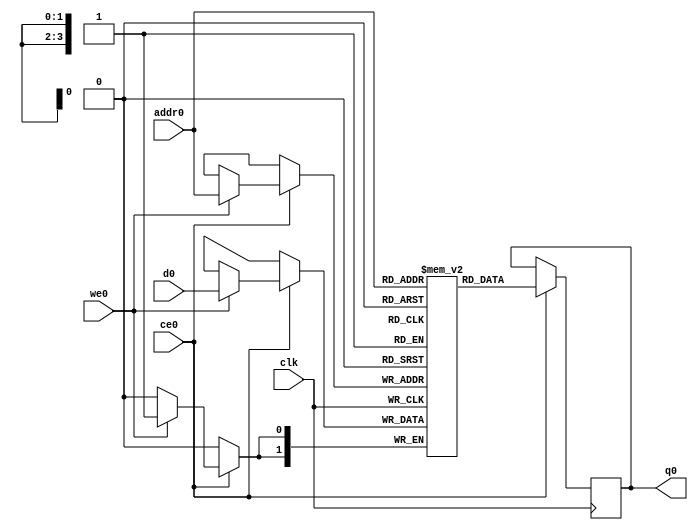
// ==============================================================
// Vivado(TM) HLS - High-Level Synthesis from C, C++ and SystemC v2020.1 (64-bit)
// Copyright 1986-2020 Xilinx, Inc. All Rights Reserved.
// ==============================================================
`timescale 1 ns / 1 ps
module StreamingMaxPool_Batch_0_StreamingMaxPool_bkb_ram (addr0, ce0, d0, we0, q0,  clk);

parameter DWIDTH = 2;
parameter AWIDTH = 4;
parameter MEM_SIZE = 14;

input[AWIDTH-1:0] addr0;
input ce0;
input[DWIDTH-1:0] d0;
input we0;
output reg[DWIDTH-1:0] q0;
input clk;

(* ram_style = "distributed" *)reg [DWIDTH-1:0] ram[0:MEM_SIZE-1];




always @(posedge clk)  
begin 
    if (ce0) begin
        if (we0) 
            ram[addr0] <= d0; 
        q0 <= ram[addr0];
    end
end


endmodule

`timescale 1 ns / 1 ps
module StreamingMaxPool_Batch_0_StreamingMaxPool_bkb(
    reset,
    clk,
    address0,
    ce0,
    we0,
    d0,
    q0);

parameter DataWidth = 32'd2;
parameter AddressRange = 32'd14;
parameter AddressWidth = 32'd4;
input reset;
input clk;
input[AddressWidth - 1:0] address0;
input ce0;
input we0;
input[DataWidth - 1:0] d0;
output[DataWidth - 1:0] q0;



StreamingMaxPool_Batch_0_StreamingMaxPool_bkb_ram StreamingMaxPool_Batch_0_StreamingMaxPool_bkb_ram_U(
    .clk( clk ),
    .addr0( address0 ),
    .ce0( ce0 ),
    .we0( we0 ),
    .d0( d0 ),
    .q0( q0 ));

endmodule